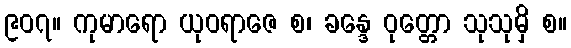
၉၀၇။ ကုမာရော ယုဝရာဇေ စ၊ ခန္ဒေ ဝုတ္တော သုသုမှိ စ။